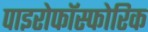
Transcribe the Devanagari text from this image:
पाइरोफॉस्फोरिक